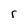
Character: r